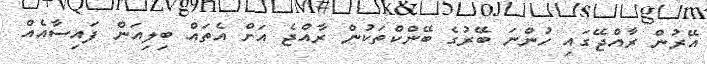
އޭރުން ރާއްޖޭގައި ހުންނަ ބޭރުގެ ބޭންކްތަކުން ރާއްޖެ އަށް އެތައް ބިލިއަން ފައިސާއެއް